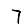
Digit: 7